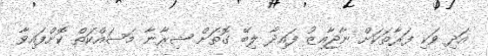
އަދި ވަކި ފަރާތަކަށް ނާޖާއިޒު ފައިދާ ލިބޭ ގޮތަށް ޝިރާނާ މަސައްކަތް ކޮށްފައިވާ